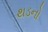
થડનો